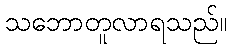
သဘောတူလာရသည်။